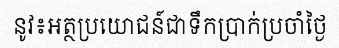
នូវ៖អត្ថប្រយោជន៍ជាទឹកប្រាក់ប្រចាំថ្ងៃ